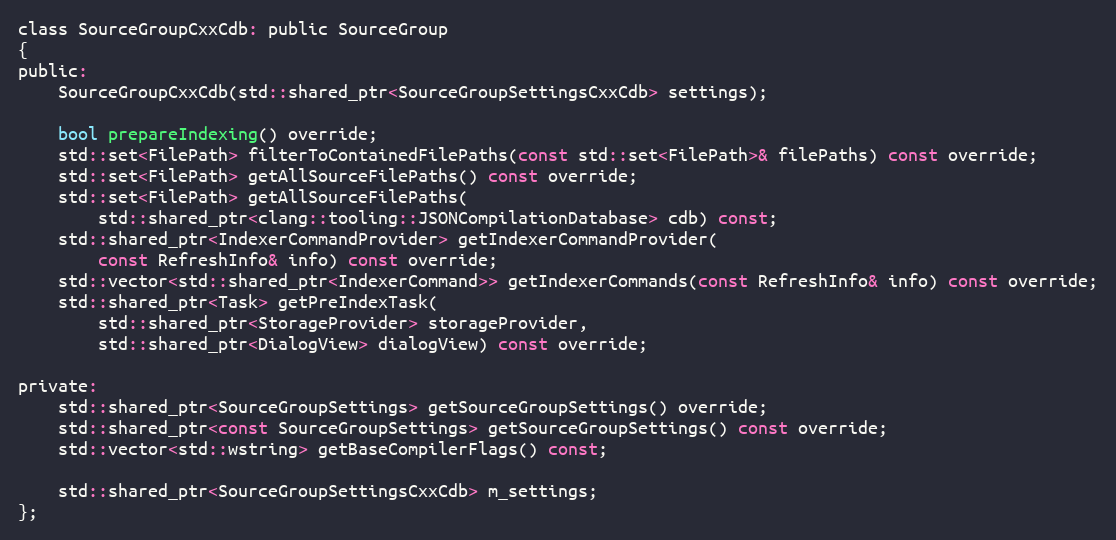
Language: C
class SourceGroupCxxCdb: public SourceGroup
{
public:
	SourceGroupCxxCdb(std::shared_ptr<SourceGroupSettingsCxxCdb> settings);

	bool prepareIndexing() override;
	std::set<FilePath> filterToContainedFilePaths(const std::set<FilePath>& filePaths) const override;
	std::set<FilePath> getAllSourceFilePaths() const override;
	std::set<FilePath> getAllSourceFilePaths(
		std::shared_ptr<clang::tooling::JSONCompilationDatabase> cdb) const;
	std::shared_ptr<IndexerCommandProvider> getIndexerCommandProvider(
		const RefreshInfo& info) const override;
	std::vector<std::shared_ptr<IndexerCommand>> getIndexerCommands(const RefreshInfo& info) const override;
	std::shared_ptr<Task> getPreIndexTask(
		std::shared_ptr<StorageProvider> storageProvider,
		std::shared_ptr<DialogView> dialogView) const override;

private:
	std::shared_ptr<SourceGroupSettings> getSourceGroupSettings() override;
	std::shared_ptr<const SourceGroupSettings> getSourceGroupSettings() const override;
	std::vector<std::wstring> getBaseCompilerFlags() const;

	std::shared_ptr<SourceGroupSettingsCxxCdb> m_settings;
};